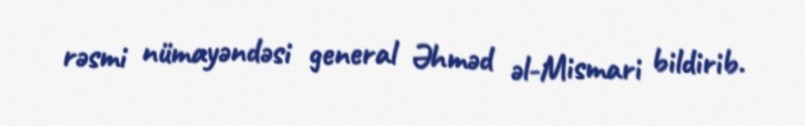
rəsmi nümayəndəsi general Əhməd əl-Mismari bildirib.